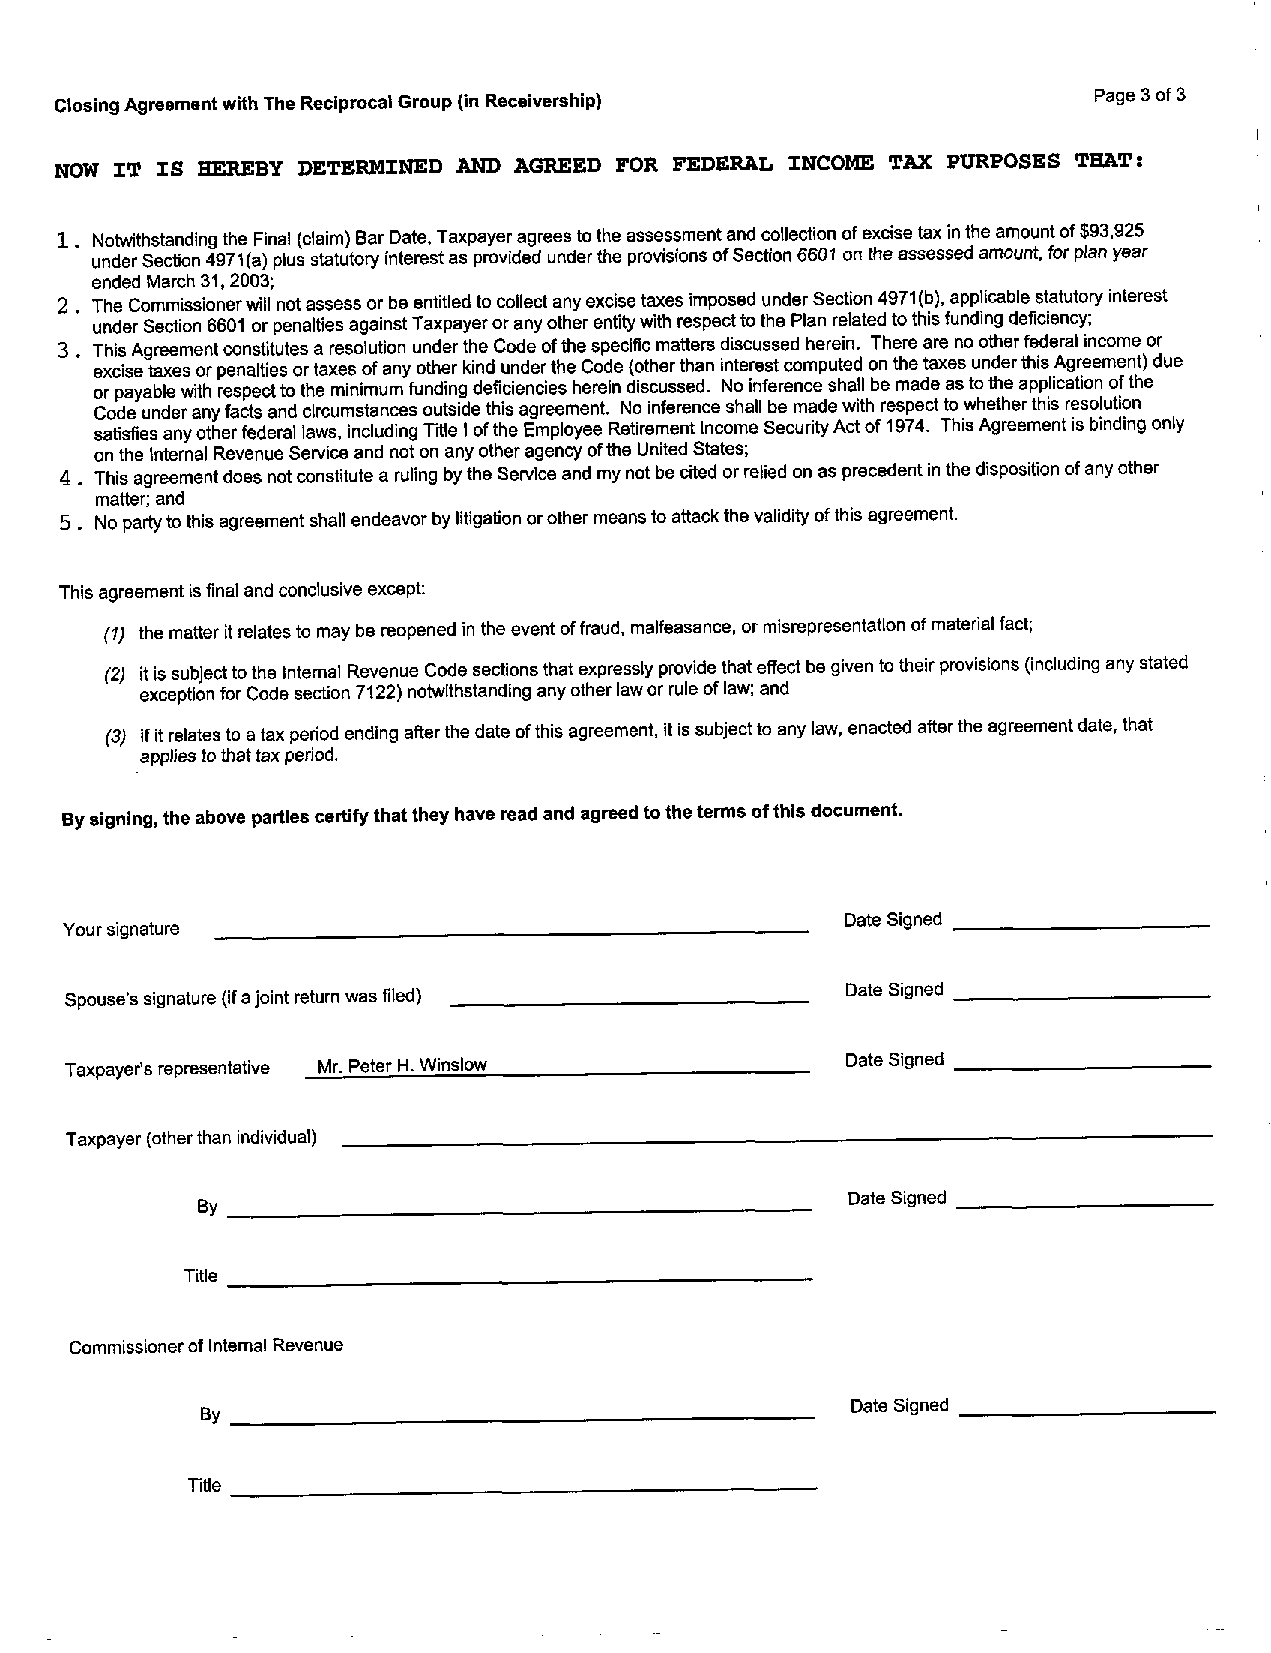
Closing Agreement with The Reciprocal Group (in Receivership)       Page 3 of 3
 NOW IT IS HEREBY DETERMINED AND AGREED FOR FEDERAL INCOME TAX PURPOSES THAT:
 Notwithstanding the Final (claim) Bar Date, Taxpayer agrees to the assessment and collection of excise tax in the amount of $93,925
 under Section 4971 (a) plus statutory interest as provided under the provisions of Section 6601 on the assessed amount, for plan year
 ended March 31, 2003;
 2 . The Commissioner will not assess or be entitled to collect any excise taxes imposed under Section 4971 (b), applicable statutory interest
 under Section 6601 or penalties against Taxpayer or any other entity With respect to the Plan related to this funding deficiency;
 3 . This Agreement constitutes a resolution under the Code of the specific matters discussed herein. There are no other federal income or
 excise taxes or penalties or taxes of any other kind under the Code (other than interest computed on the taxes under this Agreement) due
 or payable with respect to the minimum funding deficiencies herein discussed. No inference shall be made as to the application of the
 Code under any facts and circumstances outside this agreement. No inference shall be made with respect to whether this resolution
 satisfies any other federal laws, including Title I of the Employee Retirement Income Security Act of 1974. This Agreement is binding only
 on the Internal Revenue Service and not on any other agency of the United States;
 4 This agreement does not constitute a ruling by the Service and my not be cited or relied on as precedent in the disposition of any other
 matter; and
 5 No party to this agreement shall endeavor by litigation orother means to attack the validity of this agreement.
 This agreement is final and conclusive except:
 (1) the matter it relates to may be reopened in the event of fraud, malfeasance, or misrepresentation of material fact;
 (2) it is subject to the Internal Revenue Code sections that expressly provide that effect be given to their provisions (including any stated
 exception for Code section 7122) notwithstanding any other law or rule of law; and
 (3) if it relates to a tax period ending after the date of this agreement, it is subject to any law, enacted after the agreement date, that
 applies to that tax period.
 By signing, the above parties certify that they have read and agreed to the terms of this document.
 Your signature                                 -    Date Signed
 Spouse's signature (if a joint return was filed)    Date Signed
 Taxpayers representative Mr. Peter H. Winslow       Date Signed
 Taxpayer (other than individual)
 By                                      -  Date Signed
 Title
 Commissioner of Internal Revenue
 By                                      -  Date Signed
 Title